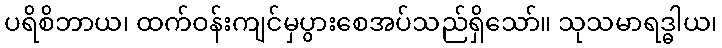
ပရိစိဘာယ၊ ထက်ဝန်းကျင်မှပွားစေအပ်သည်ရှိသော်။ သုသမာရဒ္ဓါယ၊